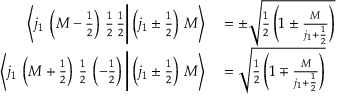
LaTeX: \begin{array} { r l } { \left\langle j _ { 1 } \, \left( M - { \frac { 1 } { 2 } } \right) \, { \frac { 1 } { 2 } } \, { \frac { 1 } { 2 } } { \Bigg | } \left( j _ { 1 } \pm { \frac { 1 } { 2 } } \right) \, M \right\rangle } & { { } = \pm { \sqrt { { \frac { 1 } { 2 } } \left( 1 \pm { \frac { M } { j _ { 1 } + { \frac { 1 } { 2 } } } } \right) } } } \\ { \left\langle j _ { 1 } \, \left( M + { \frac { 1 } { 2 } } \right) \, { \frac { 1 } { 2 } } \, \left( - { \frac { 1 } { 2 } } \right) { \Bigg | } \left( j _ { 1 } \pm { \frac { 1 } { 2 } } \right) \, M \right\rangle } & { { } = { \sqrt { { \frac { 1 } { 2 } } \left( 1 \mp { \frac { M } { j _ { 1 } + { \frac { 1 } { 2 } } } } \right) } } } \end{array}